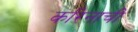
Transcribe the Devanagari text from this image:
करिनाची